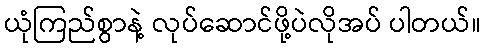
ယုံကြည်စွာနဲ့ လုပ်ဆောင်ဖို့ပဲလိုအပ် ပါတယ်။